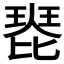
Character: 𤧰